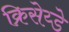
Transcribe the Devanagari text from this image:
क्रिसेय्डे